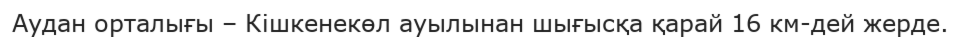
Аудан орталығы – Кішкенекөл ауылынан шығысқа қарай 16 км-дей жерде.